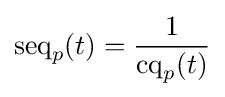
\operatorname {seq} _{p}(t)={\frac {1}{\operatorname {cq} _{p}(t)}}